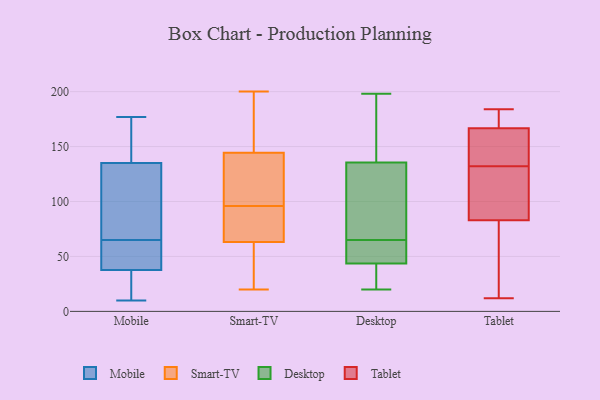
{"axis": {"x": "LTV (USD)", "y": "Value"}, "legend": ["Desktop", "Mobile", "Smart-TV", "Tablet"], "data": [{"x": "", "y": 126, "type": "Mobile"}, {"x": "", "y": 43, "type": "Mobile"}, {"x": "", "y": 87, "type": "Mobile"}, {"x": "", "y": 168, "type": "Mobile"}, {"x": "", "y": 62, "type": "Mobile"}, {"x": "", "y": 65, "type": "Mobile"}, {"x": "", "y": 150, "type": "Mobile"}, {"x": "", "y": 138, "type": "Mobile"}, {"x": "", "y": 63, "type": "Mobile"}, {"x": "", "y": 177, "type": "Mobile"}, {"x": "", "y": 10, "type": "Mobile"}, {"x": "", "y": 88, "type": "Mobile"}, {"x": "", "y": 37, "type": "Mobile"}, {"x": "", "y": 32, "type": "Mobile"}, {"x": "", "y": 40, "type": "Mobile"}, {"x": "", "y": 24, "type": "Mobile"}, {"x": "", "y": 162, "type": "Mobile"}, {"x": "", "y": 118, "type": "Mobile"}, {"x": "", "y": 19, "type": "Mobile"}, {"x": "", "y": 52, "type": "Smart-TV"}, {"x": "", "y": 200, "type": "Smart-TV"}, {"x": "", "y": 142, "type": "Smart-TV"}, {"x": "", "y": 99, "type": "Smart-TV"}, {"x": "", "y": 76, "type": "Smart-TV"}, {"x": "", "y": 84, "type": "Smart-TV"}, {"x": "", "y": 171, "type": "Smart-TV"}, {"x": "", "y": 67, "type": "Smart-TV"}, {"x": "", "y": 111, "type": "Smart-TV"}, {"x": "", "y": 20, "type": "Smart-TV"}, {"x": "", "y": 96, "type": "Smart-TV"}, {"x": "", "y": 50, "type": "Smart-TV"}, {"x": "", "y": 151, "type": "Smart-TV"}, {"x": "", "y": 23, "type": "Desktop"}, {"x": "", "y": 55, "type": "Desktop"}, {"x": "", "y": 45, "type": "Desktop"}, {"x": "", "y": 137, "type": "Desktop"}, {"x": "", "y": 39, "type": "Desktop"}, {"x": "", "y": 75, "type": "Desktop"}, {"x": "", "y": 62, "type": "Desktop"}, {"x": "", "y": 102, "type": "Desktop"}, {"x": "", "y": 20, "type": "Desktop"}, {"x": "", "y": 99, "type": "Desktop"}, {"x": "", "y": 189, "type": "Desktop"}, {"x": "", "y": 65, "type": "Desktop"}, {"x": "", "y": 135, "type": "Desktop"}, {"x": "", "y": 35, "type": "Desktop"}, {"x": "", "y": 198, "type": "Desktop"}, {"x": "", "y": 159, "type": "Desktop"}, {"x": "", "y": 45, "type": "Desktop"}, {"x": "", "y": 171, "type": "Tablet"}, {"x": "", "y": 113, "type": "Tablet"}, {"x": "", "y": 168, "type": "Tablet"}, {"x": "", "y": 81, "type": "Tablet"}, {"x": "", "y": 182, "type": "Tablet"}, {"x": "", "y": 184, "type": "Tablet"}, {"x": "", "y": 12, "type": "Tablet"}, {"x": "", "y": 89, "type": "Tablet"}, {"x": "", "y": 140, "type": "Tablet"}, {"x": "", "y": 105, "type": "Tablet"}, {"x": "", "y": 67, "type": "Tablet"}, {"x": "", "y": 132, "type": "Tablet"}, {"x": "", "y": 154, "type": "Tablet"}, {"x": "", "y": 163, "type": "Tablet"}, {"x": "", "y": 175, "type": "Tablet"}, {"x": "", "y": 157, "type": "Tablet"}, {"x": "", "y": 38, "type": "Tablet"}, {"x": "", "y": 130, "type": "Tablet"}, {"x": "", "y": 44, "type": "Tablet"}]}